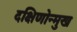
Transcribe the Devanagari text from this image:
दक्षिणोन्मुख